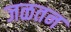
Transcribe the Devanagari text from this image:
जळतन